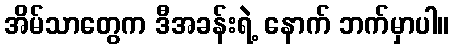
အိမ်သာတွေက ဒီအခန်းရဲ့ နောက် ဘက်မှာပါ။